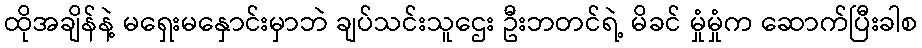
ထိုအချိန်နဲ့ မရှေးမနှောင်းမှာဘဲ ချပ်သင်းသူဌေး ဦးဘတင်ရဲ့ မိခင် မှုံမှုံက ဆောက်ပြီးခါစ